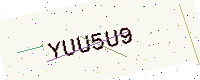
Text: YUU5U9